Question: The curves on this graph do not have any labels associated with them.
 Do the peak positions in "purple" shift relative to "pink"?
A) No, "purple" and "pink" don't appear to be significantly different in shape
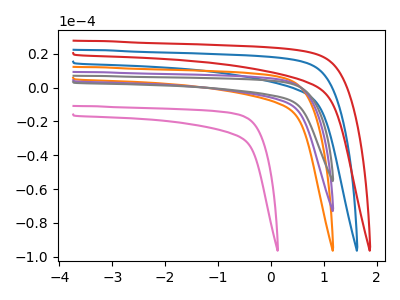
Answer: <think>The pink curve "pink" has no peaks. The blue curve "blue" has no peaks. The orange curve "orange" has no peaks. The purple curve "purple" has no peaks. The gray curve "gray" has no peaks. The red curve "red" has no peaks.
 Neither "purple" or "pink" have any peaks.</think>
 <answer>A) No, "purple" and "pink" don't appear to be significantly different in shape</answer>
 <eval>A</eval>